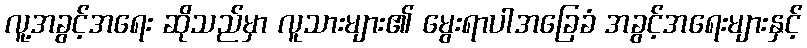
လူ့အခွင့်အရေး ဆိုသည်မှာ လူသားများ၏ မွေးရာပါအခြေခံ အခွင့်အရေးများနှင့်